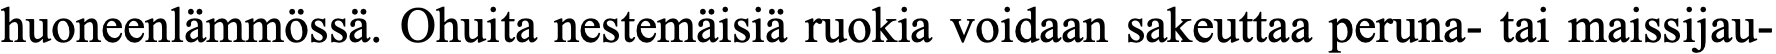
huoneenlämmössä. Ohuita nestemäisiä ruokia voidaan sakeuttaa peruna- tai maissijau-